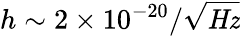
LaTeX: h\sim{2\times 10^{-20}/{\sqrt{\mathit{Hz}}}}